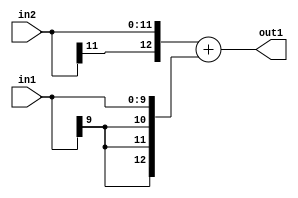
`timescale 1ps / 1ps
/*****************************************************************************
    Verilog RTL Description
    
    
    Created by: Stratus DpOpt 2019.1.01 
*******************************************************************************/

module SobelFilter_Add_12Sx10S_13S_4 (
	in2,
	in1,
	out1
	); /* architecture "behavioural" */ 
input [11:0] in2;
input [9:0] in1;
output [12:0] out1;
wire [12:0] asc001;

assign asc001 = 
	+({in2[11], in2})
	+({{3{in1[9]}}, in1});

assign out1 = asc001;
endmodule

/* CADENCE  ubL3TAs= : u9/ySgnWtBlWxVPRXgAZ4Og= ** DO NOT EDIT THIS LINE ******/